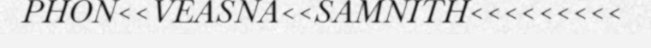
PHON<<VEASNA<<SAMNITH<<<<<<<<<